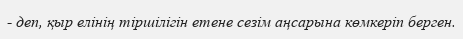
- деп, қыр елінің тіршілігін етене сезім аңсарына көмкеріп берген.